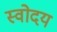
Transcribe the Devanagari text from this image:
स्वोदय